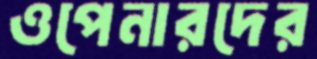
ওপেনারদের